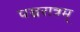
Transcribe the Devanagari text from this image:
पञ्चरात्रम्‌